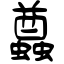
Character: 蠤